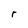
Character: r